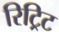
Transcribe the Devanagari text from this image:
रिट्रिट